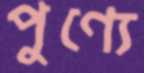
পুণ্যে